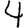
Digit: 4